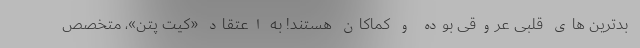
بدترین های قلبی عروقی بوده و کماکان هستند! به اعتقاد «کیت پتن»، متخصص